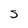
Character: S